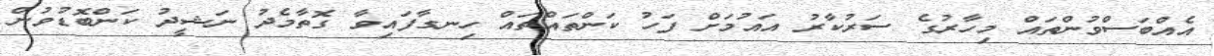
އެއްބަސްވުންތައް މިހާރުގެ ސަރުކާރު އައުމަށް ފަހު ކަންތައްތައް ހިނގާފައިވާ ގޮތާމެދު ނަޝީދު ކަންބޮޑުވުން